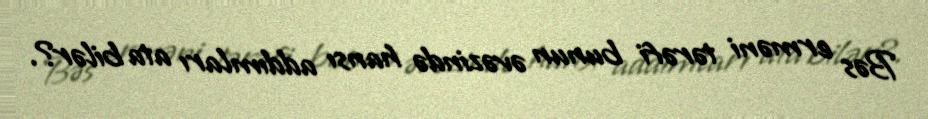
Bəs erməni tərəfi bunun əvəzində hansı addımları ata bilər?.